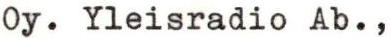
Oy. Yleisradio Ab.,